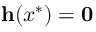
\mathbf { h } ( x ^ { * } ) = \mathbf { 0 }